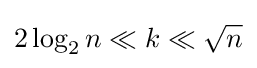
2\log _{2}n\ll k\ll {\sqrt {n}}